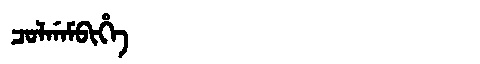
Manchu: ᠴᠣᠯᡤᠠᠮᠪᡳᡥᡝ
Romanization: COLGAMBIHE